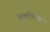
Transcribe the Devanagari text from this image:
व्यक्तीचीच